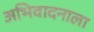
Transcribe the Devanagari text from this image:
अभिवादनाला